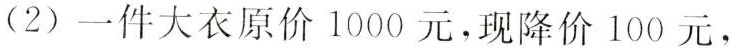
(2) 一件大衣原价1000元，现降价100元，